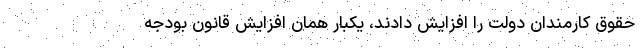
حقوق کارمندان دولت را افزایش دادند، یکبار همان افزایش قانون بودجه